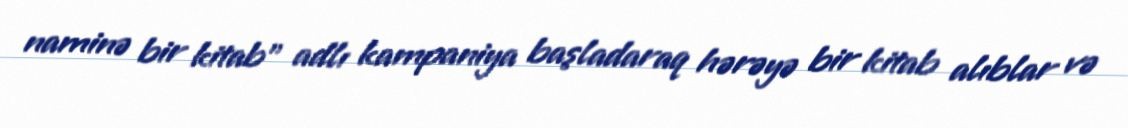
naminə bir kitab" adlı kampaniya başladaraq hərəyə bir kitab alıblar və